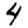
Digit: 4